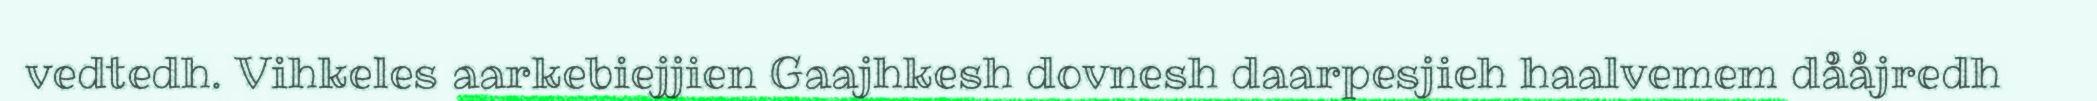
vedtedh. Vihkeles aarkebiejjien Gaajhkesh dovnesh daarpesjieh haalvemem dååjredh